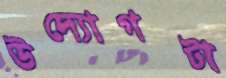
উদ্যোগটা